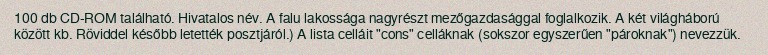
100 db CD-ROM található. Hivatalos név. A falu lakossága nagyrészt mezőgazdasággal foglalkozik. A két világháború között kb. Röviddel később letették posztjáról.) A lista celláit "cons" celláknak (sokszor egyszerűen "pároknak") nevezzük.